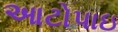
આટોપાઇ